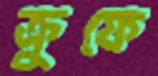
ক্রুফে